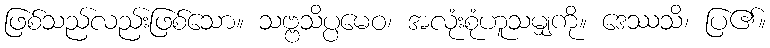
ဖြစ်သည်လည်းဖြစ်သော။ သဗ္ဗသိပ္ပမေဝ၊ အလုံးစုံဟူသမျှကို။ ဒေဿသိ၊ ပြ၏။